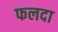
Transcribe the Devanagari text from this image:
फलदा